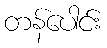
တန်ပေါင်း